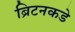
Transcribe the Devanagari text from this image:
ब्रिटनकडे